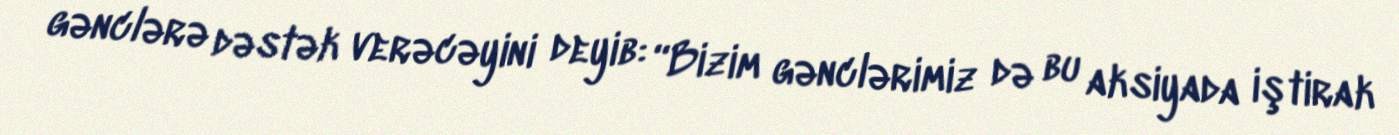
gənclərə dəstək verəcəyini deyib: “Bizim gənclərimiz də bu aksiyada iştirak